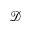
\mathcal { D }